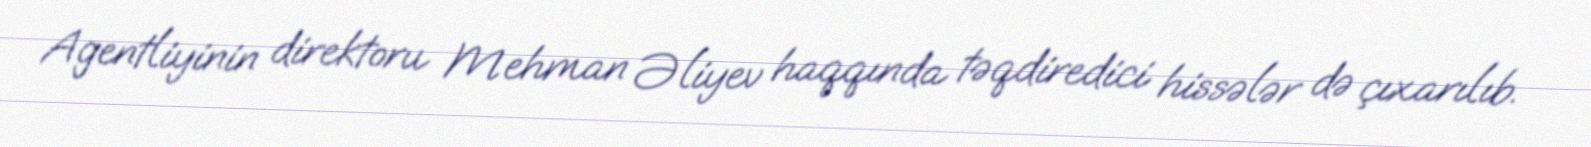
Agentliyinin direktoru Mehman Əliyev haqqında təqdiredici hissələr də çıxarılıb.